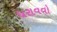
ધરાવવો